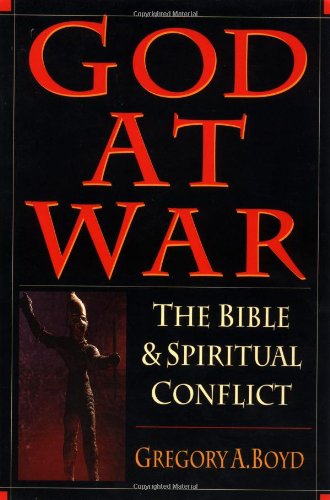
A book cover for God at War: The Bible  Spiritual Conflict; Gregory A. Boyd; Christian Books & Bibles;